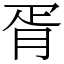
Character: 胥